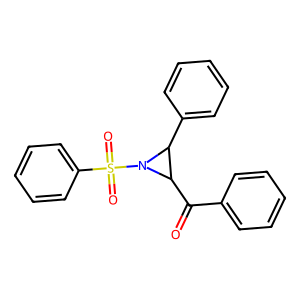
SMILES: O=C(c1ccccc1)C1C(c2ccccc2)N1S(=O)(=O)c1ccccc1
Inhibits HIV replication: No